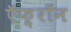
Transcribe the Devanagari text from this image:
ऍफ़्रॉन